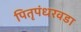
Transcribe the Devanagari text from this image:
पितृपंधरवडा